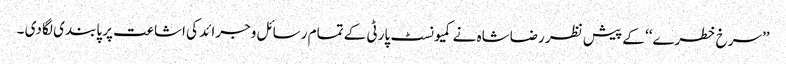
’’سرخ خطرے‘‘ کے پیش نظر رضاشاہ نے کمیونسٹ پارٹی کے تمام رسائل وجرائد کی اشاعت پر پابندی لگا دی ۔